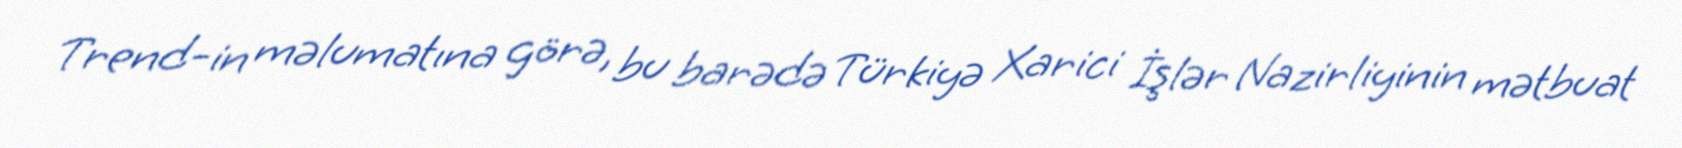
Trend-in məlumatına görə, bu barədə Türkiyə Xarici İşlər Nazirliyinin mətbuat